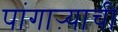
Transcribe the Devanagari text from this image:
पांगाऱ्याची